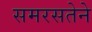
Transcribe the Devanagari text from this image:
समरसतेने